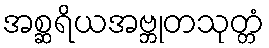
အစ္ဆရိယအဗ္ဘုတသုတ္တံ